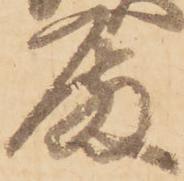
殿